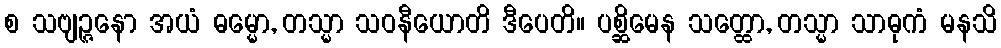
စ သဗျဉ္ဇနော အယံ ဓမ္မော, တသ္မာ သဝနီယောတိ ဒီပေတိ။ ပစ္ဆိမေန သတ္ထော, တသ္မာ သာဓုကံ မနသိ